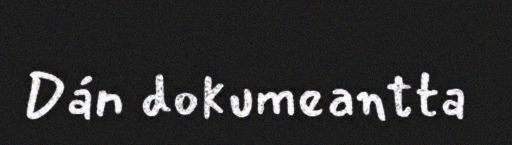
Dán dokumeantta